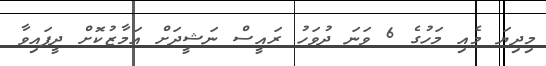
މިދިޔަ މެއި މަހުގެ 6 ވަނަ ދުވަހު ރައީސް ނަޝީދަށް އަމާޒުކޮށް ދީފައިވާ